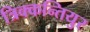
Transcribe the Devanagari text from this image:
त्रिक्कन्तियुर